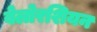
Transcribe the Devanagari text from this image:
बेलोरशियन